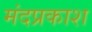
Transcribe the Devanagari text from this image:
मंदप्रकाश